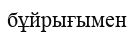
бұйрығымен